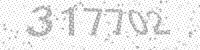
Solution: 317702